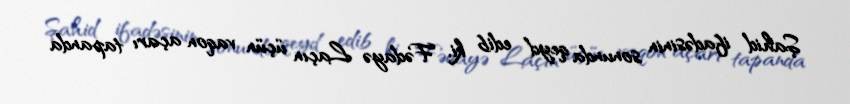
Şahid ifadəsinin sonunda qeyd edib ki, Fədayə Laçın üçün vaqon açarı tapanda